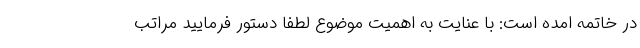
در خاتمه امده است: با عنایت به اهمیت موضوع لطفا دستور فرمایید مراتب